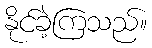
နိုင်ခဲ့ကြသည်။